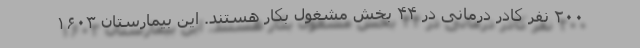
۲۰۰ نفر کادر درمانی در ۴۴ بخش مشغول بکار هستند. این بیمارستان ۱۶۰۳